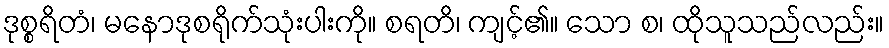
ဒုစ္စရိတံ၊ မနောဒုစရိုက်သုံးပါးကို။ စရတိ၊ ကျင့်၏။ သော စ၊ ထိုသူသည်လည်း။